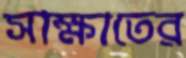
সাক্ষাতের